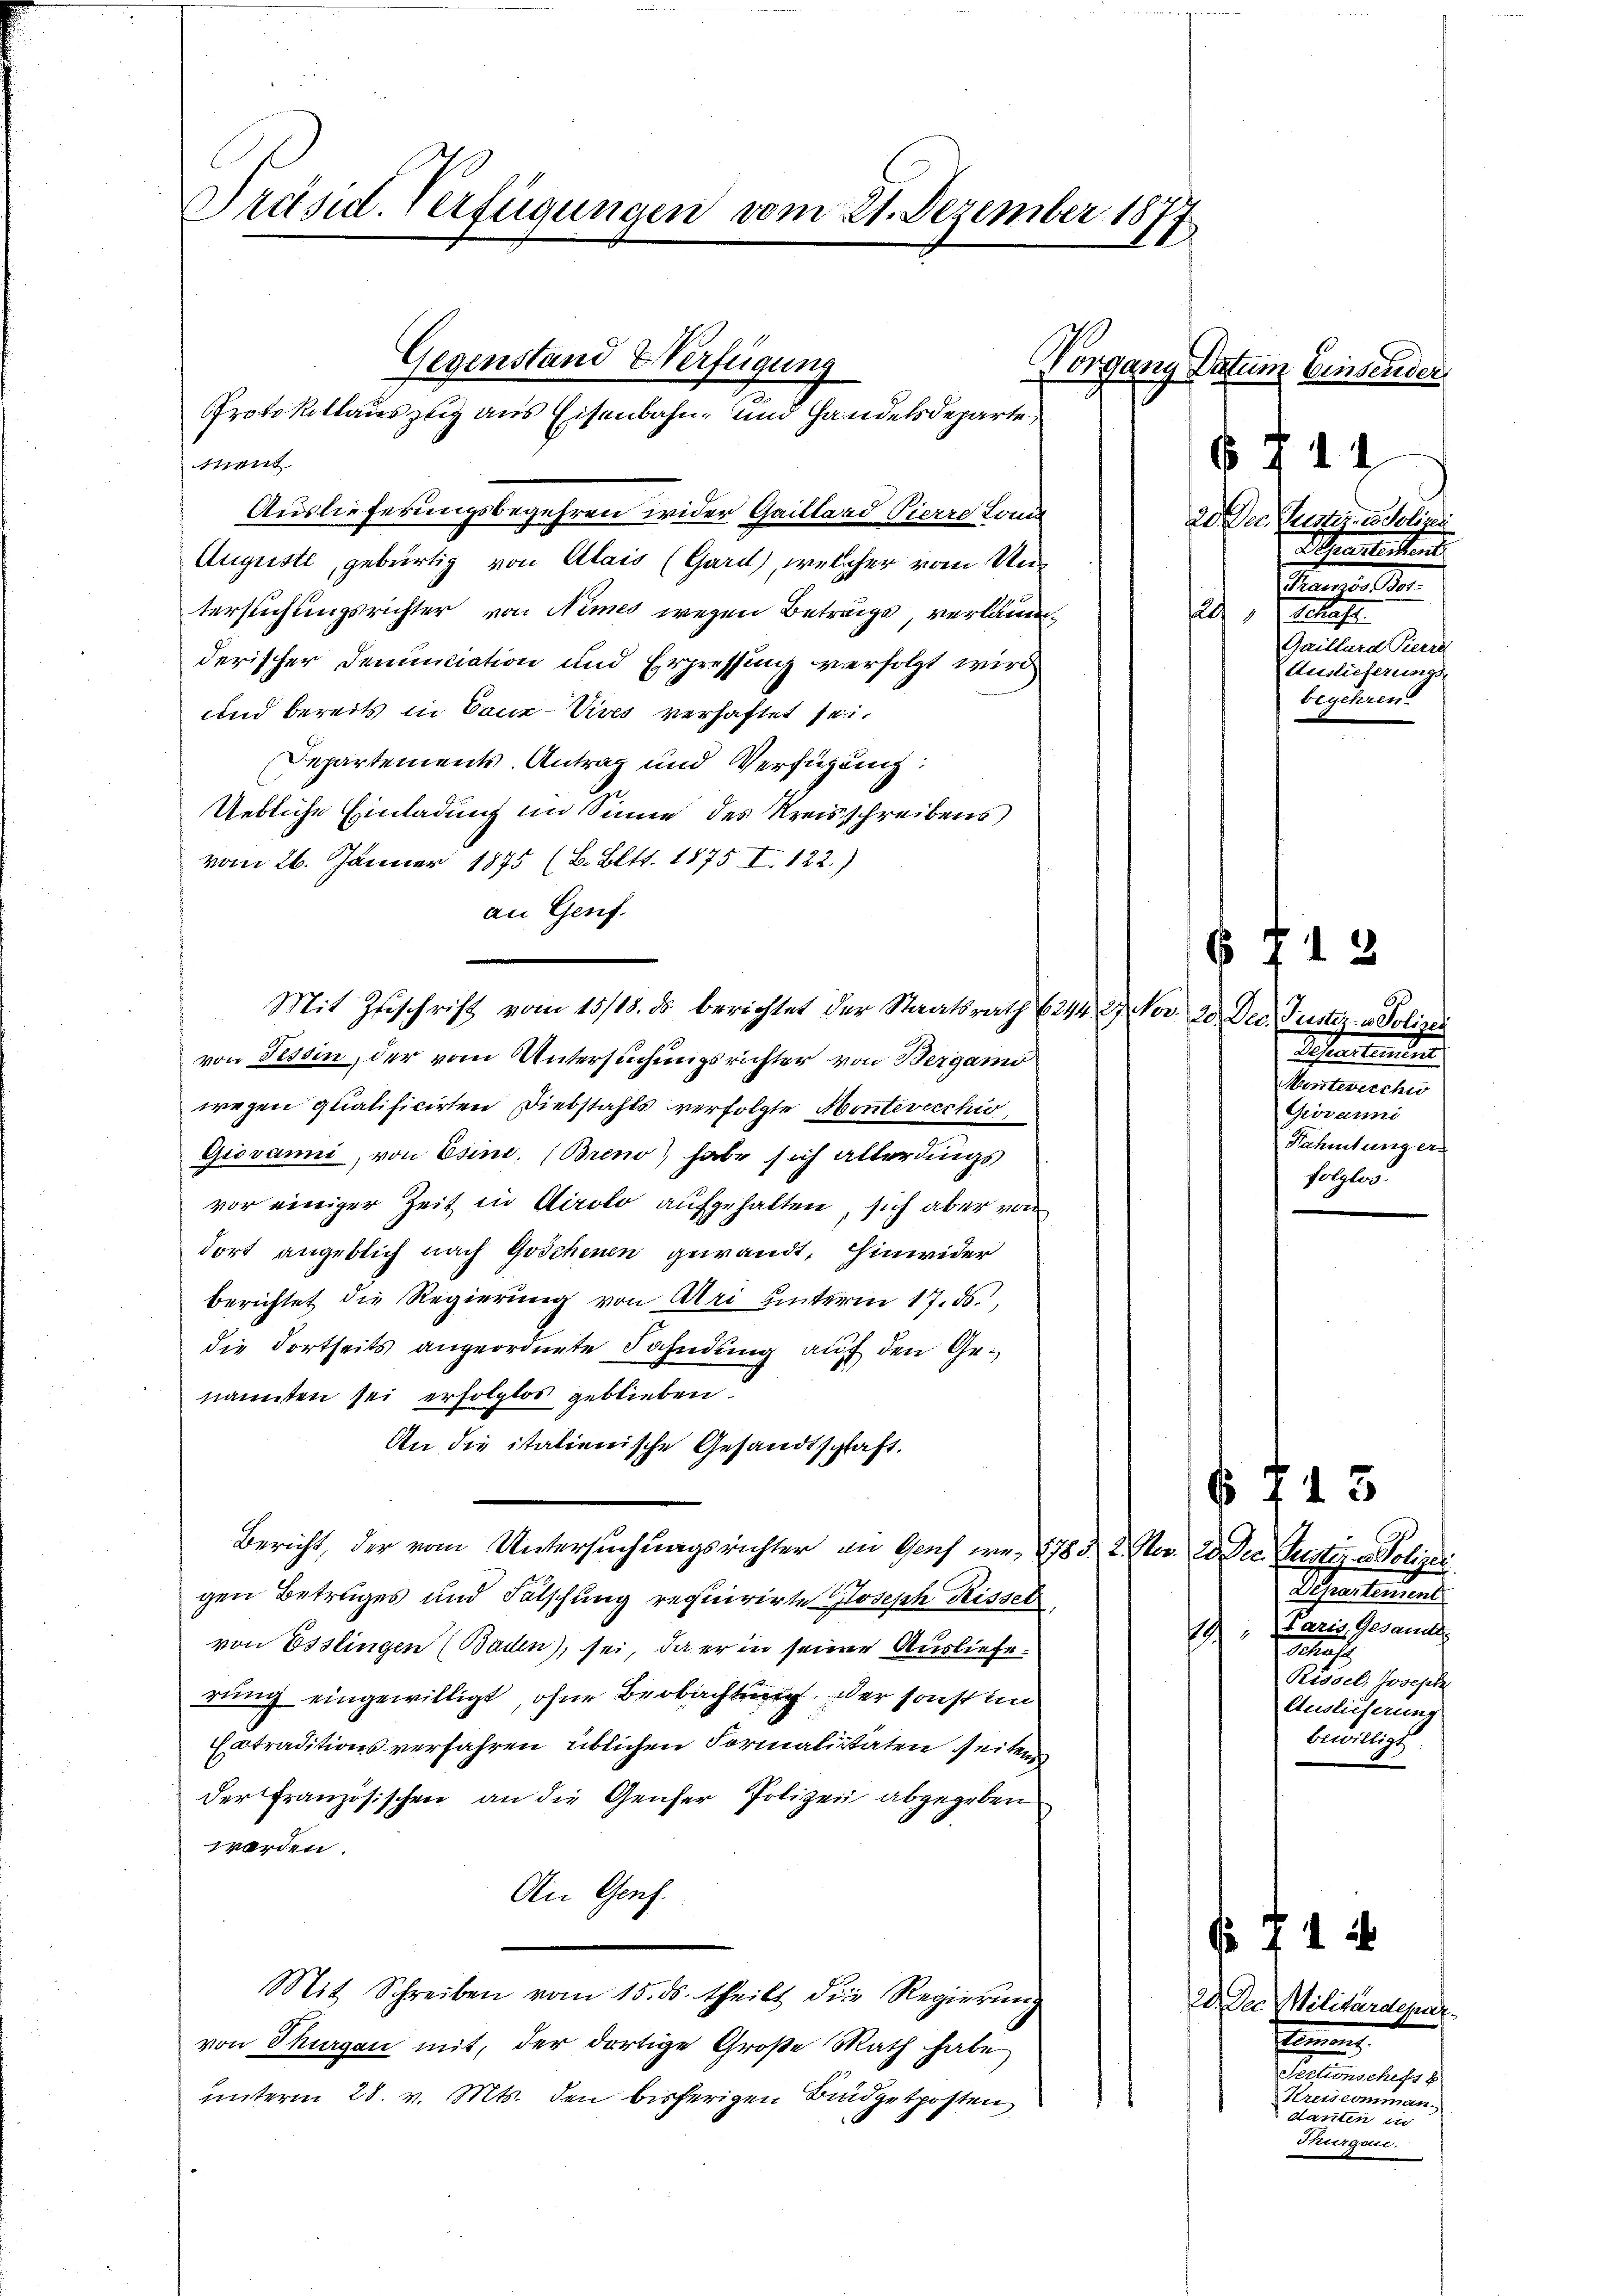
Präsid. Verfügungen vom 21. Dezember 181
.

Gegenstand Verfügung
Protokollauszug aus Eisenbahn, und Handelsdeparte,

ment
Auslieferungsbegehren wider Gaillard Pierre Louis
Auguste, gebürtig von Alais (Gard), welcher vom Untersuchungsrichter von Nimes wegen Betrags, verländerischer Demuiciation und Erpressung verfolgt wird
und bereits in Coue-Vives verhaftet sei.
Departements Antrag und Verfügung:
Uebliche Einladung im Sinne des Kreisschreibens
vom 26. Jänner 1875 (B. Bett. 1875 I. 122.)
an Genf.
Mit Zuschrift vom 15/18. ds. berichtet der Staatsrath (2144 f. Nov. 20. Dec. Justiz- u Polizei
von Tessin, der vom Untersuchungsrichter von Bergamo
wegen glatificirten Diebstahls verfolgte Montevicchio,
Giovanni, von Esino, (Breno habe sich allerdings
vor einiger Zeit in Airolo aufgehalten, sich aber von
dort angeblich nach Göschenen gewandt, hinwider
berichtet die Regierung von Uri unterm 17. ds.,
die dortseits angeordnete Fahndung auf den Genannten sei erfolglos geblieben.
An die italienische Gesandtschaft.
Bericht, der vom Untersuchungsrichter in Genf we, 1783. 2. Nov. 2. Dec
gen Betruges und Fälschung requirirte Joseph Risset
von Esslingen (Baden), sei, da er in seine Auslieferung eingewilligt, ohne Beobachtung der sonst im
Extraditionsverfahren üblichen Formalitäten seiten
der Französischen an die Genser Polizei abgegeben
werden.
An Genf.
Mit Schreiben vom 15. ds. theilt die Regierung
von Thurgau mit, der dortige Große Rath habe
unterm 28. v. Mts. den bisherigen Budgetposten,

Vorgang Datum Einsender

6711
20. Der Justizen Seliger
Schattetent
Mama der
2
Gaillard Pierra
Auslieferungs-
begehren.

713.
Schreitenden
Minterschi
Grovanni
Fahmtung ers
folglos.

.

Justiz u. Polizei
Departement
Paris Gesandt
1
Rissel, Joseph
Auslieferung
bewilligt

13

f 4 x
2d. Der Militärdepar
Bommen.
.
Kreis comman
danten in
Thurgen.